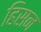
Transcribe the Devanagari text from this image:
हिसन